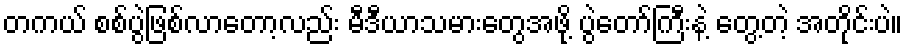
တကယ် စစ်ပွဲဖြစ်လာတော့လည်း မီဒီယာသမားတွေအဖို့ ပွဲတော်ကြီးနဲ့ တွေ့တဲ့ အတို်င်းပဲ။